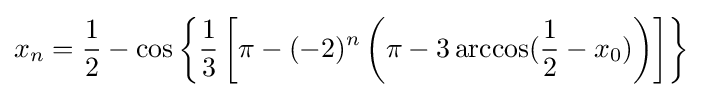
{\displaystyle x_{n}={\frac {1}{2}}-\cos \left\{{\frac {1}{3}}\left[\pi -(-2)^{n}\left(\pi -3\arccos({\frac {1}{2}}-x_{0})\right)\right]\right\}}